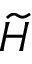
\widetilde { H }